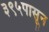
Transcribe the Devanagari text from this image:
३९५पासून